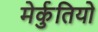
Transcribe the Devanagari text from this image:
मेर्कुतियो